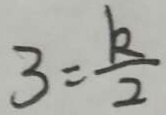
3 = \frac { k } { 2 }